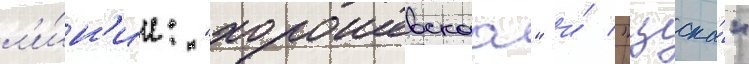
л'и́н'ии: "хорошевскаа" и́ "цска́"